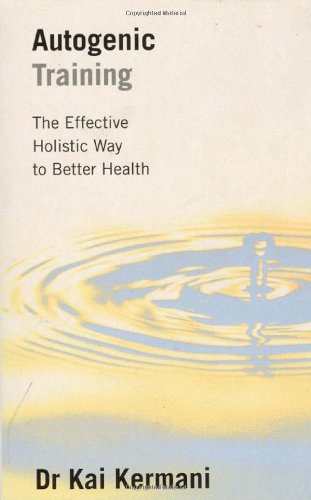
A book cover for Autogenic Training: The Effective Holistic Way to Better Health; Dr. Kai Kermani; Health, Fitness & Dieting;